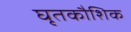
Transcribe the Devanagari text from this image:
घृतकौशिक